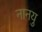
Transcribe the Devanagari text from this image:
नानयु